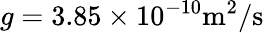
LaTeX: g=3.85\times 10^{-10}\mathrm{m^{2}/s}